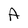
Character: A